Rules regarding the measures to be adopted on the outbreak of cholera or appearance of small-pox
Disease focus: Cholera
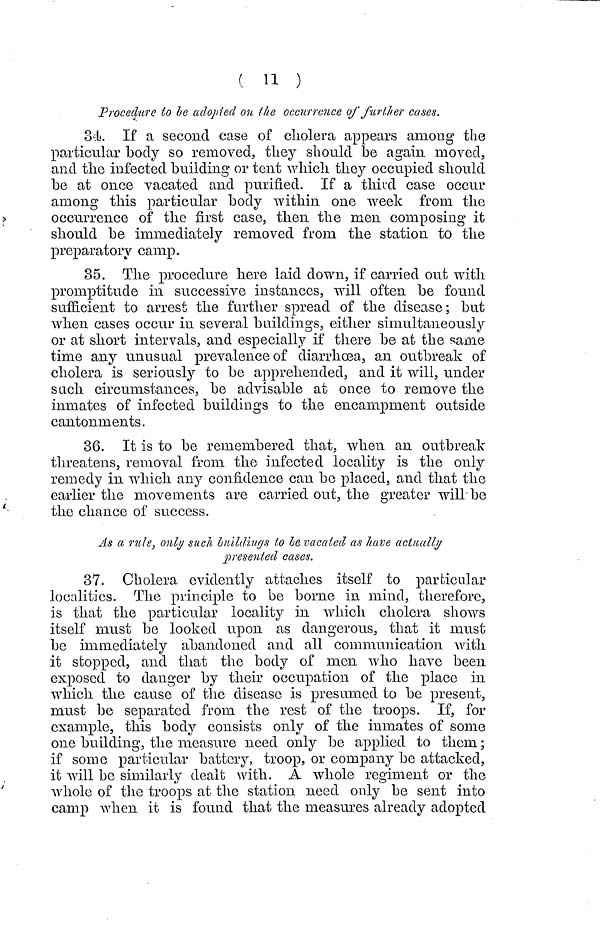
( 11 )
Procedure tο be adopted on the occurrence of further cases.
34. If a second case of cholera appears among the
particular body so removed, they should be again moved,
and the infected building or tent which they occupied should
be at once vacated and purified. If a thir'd case occur
among this particular body within one week from the
occurrence of the first case, then the men composing it
should be immediately removed from the station to the
preparatory camp.
85. The procedure here laid down, if carried out with
promptitude in successive instances, will often be found
sufiicient to arrest the further spread of the disease; but
when cases occur in several buildings, either simultaneously
or at short intervals, and especially if there be at the same
time any unusual prevalence of diarrhœa, an outbreak of
cholera is seriously to be apprehended, and it will, under
such circumstances, be advisable at once to remove the
inmates of infected buildings to the encampment outside
cantonments.
36. It is to be remembered that, when an outbreak
threatens, removal from the infected locality is the only
remedy in which any confidence can be placed, and that the
earlier the movements are carried out, the greater will be
the chance of success.
AS a rule, only such buildings tο be vacated as have actually
presented cases.
37. Cholera evidently attaches itself to particular
localities. The principle to be borne in mind, therefore,
is that the particular locality in which cholera shows
itself must be looked upon as dangerous, that it must
be immediately abandoned and all communication with
it stopped, and that the body of men who have been
exposed to danger by their occupation of the place in
which the cause of the disease is presumed to be present,
must be separated from the rest of the troops. If, for
example, this body consists only of the inmates of some
one building, the measure need only be applied to them ;
if some particular battery, troop, or company be attacked,
it will be similarly dealt with. A whole regiment or the
whole of the troops at the station need only be sent into
camp when it is found that the measures already adopted